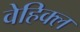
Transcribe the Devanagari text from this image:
वेहिक्ल